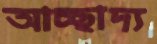
আচ্ছাদ্য